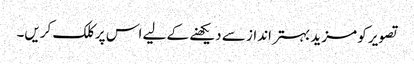
تصویر کو مزید بہتر انداز سے دیکھنے کے لیے اس پر کلک کریں۔